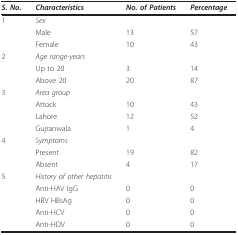
<table><thead><tr><td><b><i>S. No</i>.</b></td><td><b><i>Characteristics</i></b></td><td><b><i>No. of Patients</i></b></td><td><b><i>Percentage</i></b></td></tr></thead><tbody><tr><td>1</td><td><i>Sex</i></td><td></td><td></td></tr><tr><td></td><td>Male</td><td>13</td><td>57</td></tr><tr><td></td><td>Female</td><td>10</td><td>43</td></tr><tr><td>2</td><td><i>Age range-years</i></td><td></td><td></td></tr><tr><td></td><td>Up to 20</td><td>3</td><td>14</td></tr><tr><td></td><td>Above 20</td><td>20</td><td>87</td></tr><tr><td>3</td><td><i>Area group</i></td><td></td><td></td></tr><tr><td></td><td>Attock</td><td>10</td><td>43</td></tr><tr><td></td><td>Lahore</td><td>12</td><td>52</td></tr><tr><td></td><td>Gujranwala</td><td>1</td><td>4</td></tr><tr><td>4</td><td><i>Symptoms</i></td><td></td><td></td></tr><tr><td></td><td>Present</td><td>19</td><td>82</td></tr><tr><td></td><td>Absent</td><td>4</td><td>17</td></tr><tr><td>5</td><td><i>History of other hepatitis</i></td><td></td><td></td></tr><tr><td></td><td>Anti-HAV IgG</td><td>0</td><td>0</td></tr><tr><td></td><td>HBV HBsAg</td><td>0</td><td>0</td></tr><tr><td></td><td>Anti-HCV</td><td>0</td><td>0</td></tr><tr><td></td><td>Anti-HDV</td><td>0</td><td>0</td></tr></tbody></table>